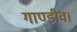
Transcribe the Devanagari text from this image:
गाण्डीव।